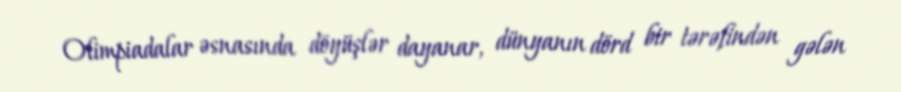
Olimpiadalar əsnasında döyüşlər dayanar, dünyanın dörd bir tərəfindən gələn